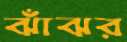
ঝাঁঝর